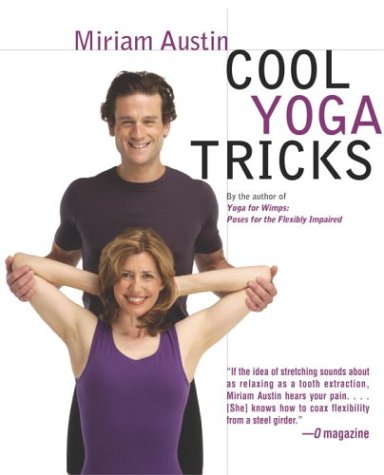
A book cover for Cool Yoga Tricks; Miriam Austin; Health, Fitness & Dieting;